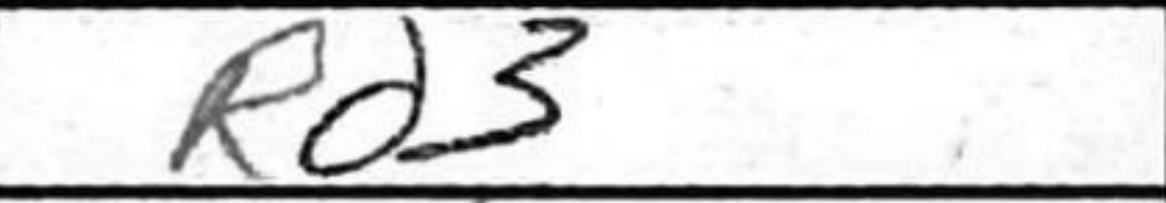
Transcription: Rd3